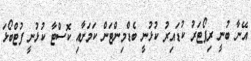
އޭނާ ބުނީ ރިޕޯޓަރު ކުޑައިރު ކުޅުނީ ބެޑްމިންޓަން ކަމަށާއި ކޮސްޓާ ކުޅުނީ ފުޓްބޯޅަ